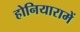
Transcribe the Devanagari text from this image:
होनियारामें